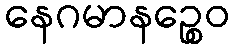
နေဂမာနဉ္စေဝ